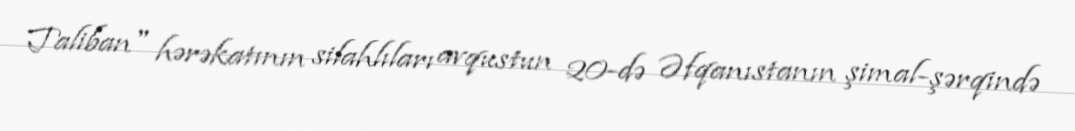
Taliban" hərəkatının silahlıları avqustun 20-də Əfqanıstanın şimal-şərqində